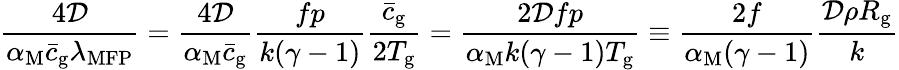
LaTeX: \frac{4\mathcal{D}}{\alpha_{\mathrm{M}}\bar{c}_{\mathrm{g}}\lambda_{\mathrm{MFP}}}=\frac{4\mathcal{D}}{\alpha_{\mathrm{M}}\bar{c}_{\mathrm{g}}}\frac{fp}{k(\gamma-1)}\frac{\bar{c}_{\mathrm{g}}}{2T_{\mathrm{g}}}=\frac{2\mathcal{D}fp}{\alpha_{\mathrm{M}}k(\gamma-1)T_{\mathrm{g}}}\equiv\frac{2f}{\alpha_{\mathrm{M}}(\gamma-1)}\frac{\mathcal{D}\rho R_{\mathrm{g}}}{k}